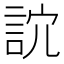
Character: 䛎